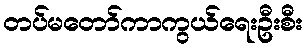
တပ်မတော်ကာကွယ်ရေးဦးစီး